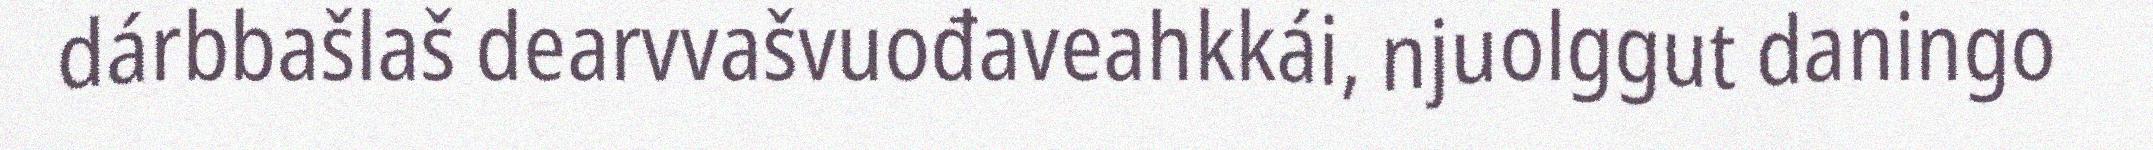
dárbbašlaš dearvvašvuođaveahkkái, njuolggut daningo